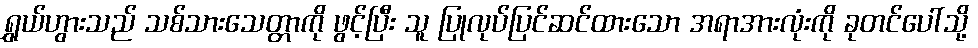
ရွှယ်ဟွားသည် သစ်သားသေတ္တာကို ဖွင့်ပြီး သူ ပြုလုပ်ပြင်ဆင်ထားသော အရာအားလုံးကို ခုတင်ပေါ်သို့